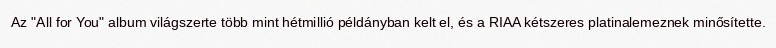
Az "All for You" album világszerte több mint hétmillió példányban kelt el, és a RIAA kétszeres platinalemeznek minősítette.